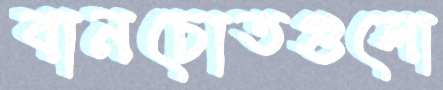
বানচোতগুলো